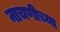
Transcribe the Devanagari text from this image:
नाचणीच्या